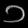
Digit: ၁